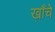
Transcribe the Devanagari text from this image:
ख़ाँचे